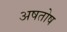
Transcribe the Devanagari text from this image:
अषतोष